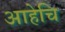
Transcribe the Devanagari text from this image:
आहेचि